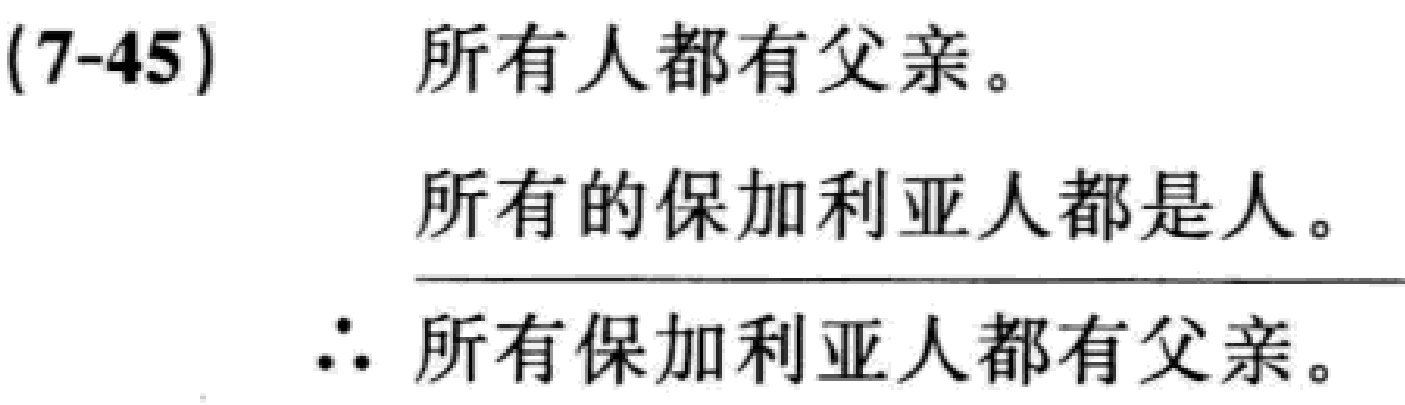
(7-45)
所有人都有父亲。
所有的保加利亚人都是人。
\[\therefore 所有保加利亚人都有父亲。\]